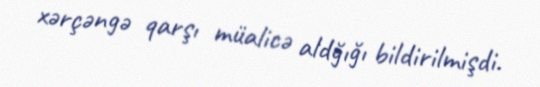
xərçəngə qarşı müalicə aldğığı bildirilmişdi.